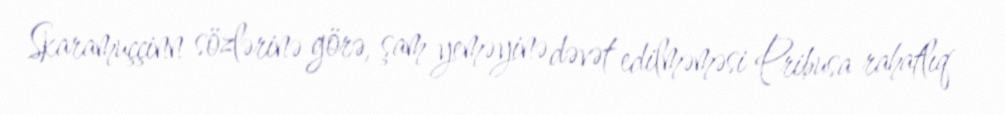
Skaramuççinn sözlərinə görə, şam yeməyinə dəvət edilməməsi Pribusa rahatlıq